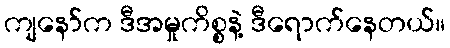
ကျနော်က ဒီအမှုကိစ္စနဲ့ ဒီရောက်နေတယ်။